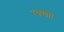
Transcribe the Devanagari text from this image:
रक्खो।